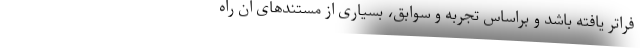
فراتر یافته باشد و براساس تجربه و سوابق، بسیاری از مستندهای آن راه